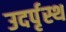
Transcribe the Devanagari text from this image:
उदर्पृस्थ